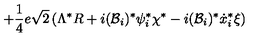
+ \frac { 1 } { 4 } e \sqrt { 2 } \left( \Lambda ^ { * } R + i ( { \cal { B } } _ { i } ) ^ { * } \psi _ { i } ^ { * } \chi ^ { * } - i ( { \cal { B } } _ { i } ) ^ { * } \dot { x } _ { i } ^ { * } \xi \right)